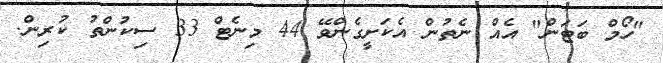
"ހޯމް ބަޓަން" އެއް ނެތުން އެކަށީގެންވޭ 44 މިނެޓް 33 ސިކުންތު ކުރިން.